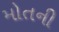
મોતની